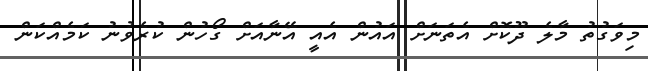
މިވަގުތު މާލެ ދޫކޮށް އެތަނަށް އައުން އެއީ އޭނާއަށް ގޯހުން ކުރެވުނު ކަމެއްކަން